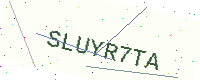
Text: SLUYR7TA